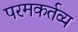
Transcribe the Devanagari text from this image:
परमकर्तव्य